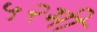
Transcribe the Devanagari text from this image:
५२मी